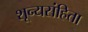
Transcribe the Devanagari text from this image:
शून्यसंहिता